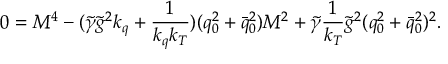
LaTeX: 0 = { \cal M } ^ { 4 } - ( \tilde { \gamma } \tilde { g } ^ { 2 } k _ { q } + \frac 1 { k _ { q } k _ { T } } ) ( q _ { 0 } ^ { 2 } + \bar { q } _ { 0 } ^ { 2 } ) { \cal M } ^ { 2 } + \tilde { \gamma } \frac 1 { k _ { T } } \tilde { g } ^ { 2 } ( q _ { 0 } ^ { 2 } + \bar { q } _ { 0 } ^ { 2 } ) ^ { 2 } .